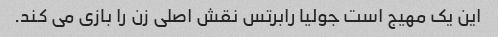
این یک مهیج است جولیا رابرتس نقش اصلی زن را بازی می کند.